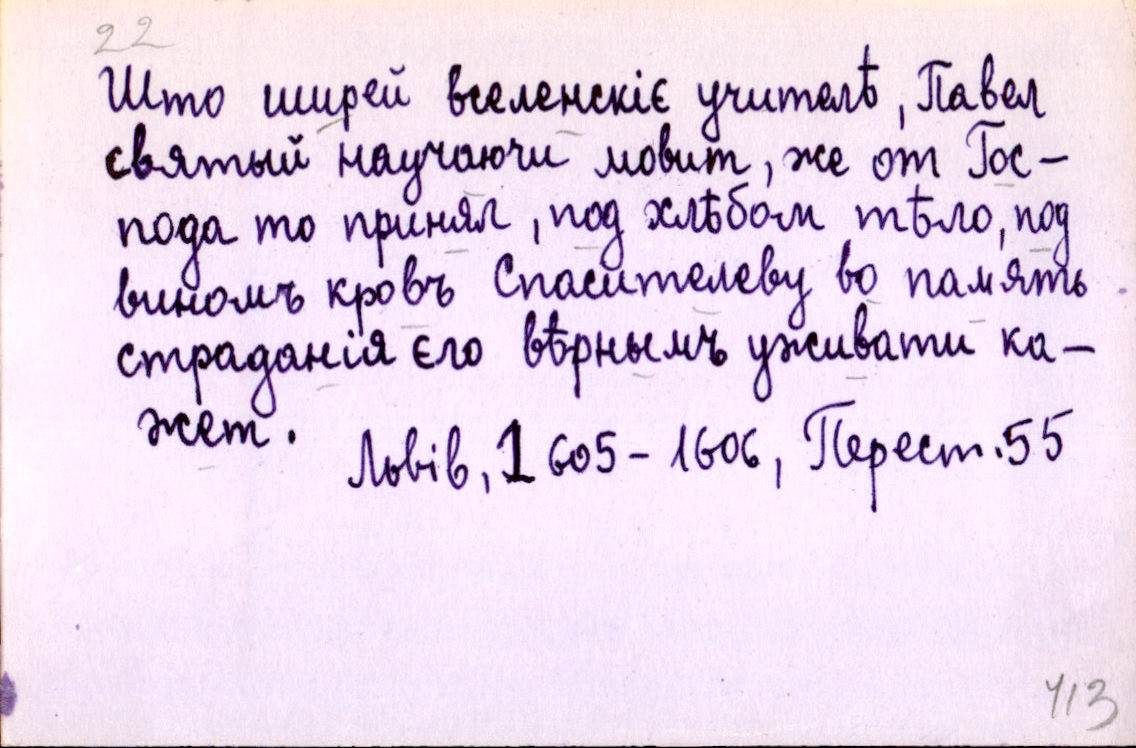
Што ширей вселенскіє учителѣ, Павел
святый научаючи мовит, же от Гос-
пода то приял, под хлѣбом тѣло, под
виномъ кровъ Спасителеву во память
страданія єго вѣрнымъ уживати ка-
жет.
 Львів, 1605-1606, Перест. 55